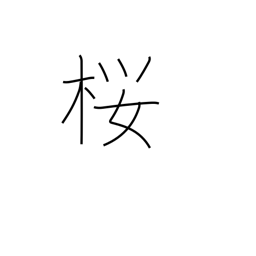
Meaning: cherry